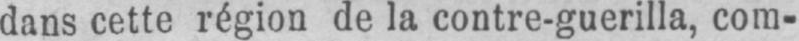
dans cette région de la contre-guerilla, com-